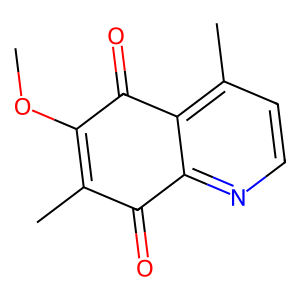
SMILES: COC1=C(C)C(=O)c2nccc(C)c2C1=O
Inhibits HIV replication: No